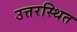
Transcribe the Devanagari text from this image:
उत्तरस्थित